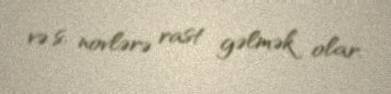
və s. novlərə rast gəlmək olar.